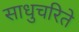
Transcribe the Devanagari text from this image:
साधुचरिते